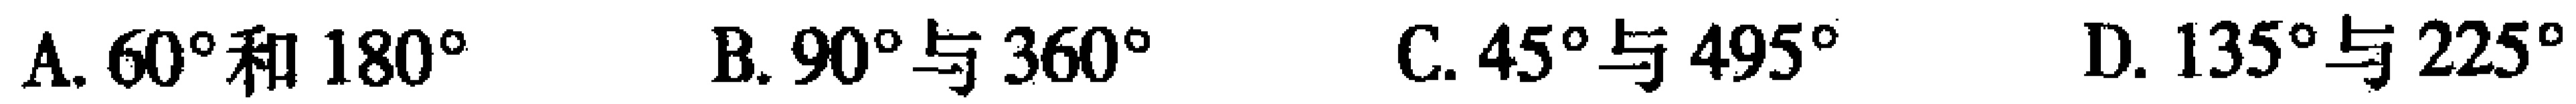
A. \(60^{\circ}\)和\(180^{\circ}\)  B. \(90^{\circ}\)与\(360^{\circ}\)  C. \(45^{\circ}\)与\(495^{\circ}\)  D. \(135^{\circ}\)与\(225^{\circ}\)